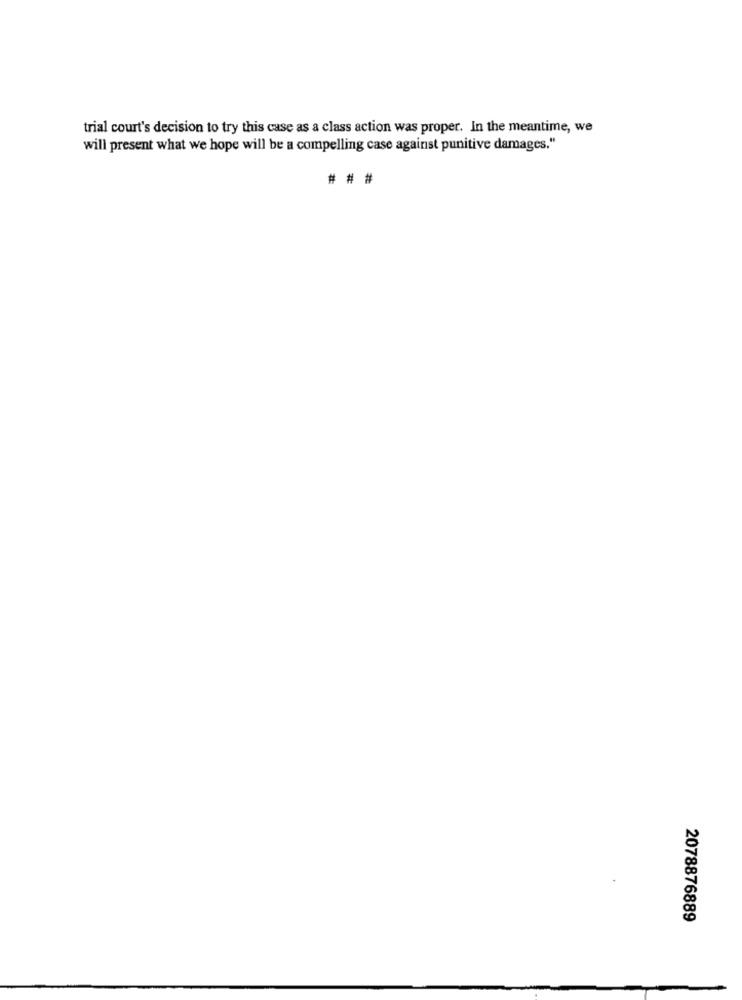
trial court's decision to try this case as a class action was proper. In the meantime, we
will present what we hope will be a compelling case against punitive damages."
# # #
2078876889